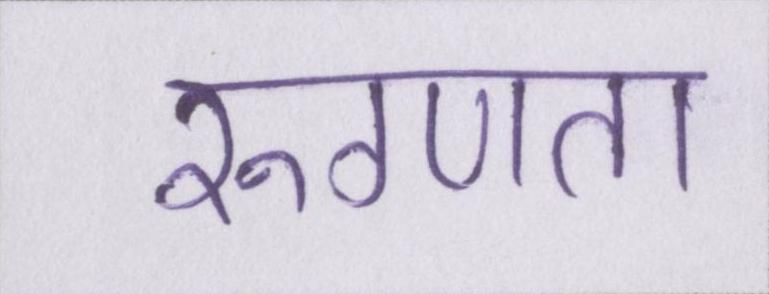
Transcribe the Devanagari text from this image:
रुग्णता